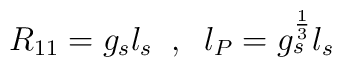
R_{11} = g_s l_s \;\; , \;\; l_P = g_s^{\frac{1}{3}}l_s